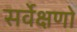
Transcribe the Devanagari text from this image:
सर्वेक्षणो